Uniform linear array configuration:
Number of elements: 12
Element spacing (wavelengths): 1
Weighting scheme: binomial
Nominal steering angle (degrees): -45
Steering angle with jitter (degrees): -43.214
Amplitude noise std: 0.05
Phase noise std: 0.05

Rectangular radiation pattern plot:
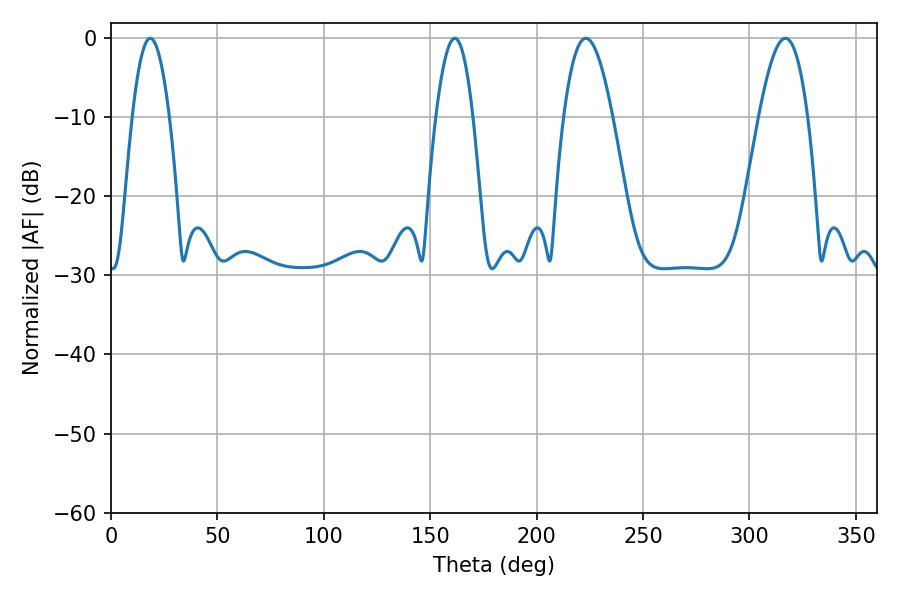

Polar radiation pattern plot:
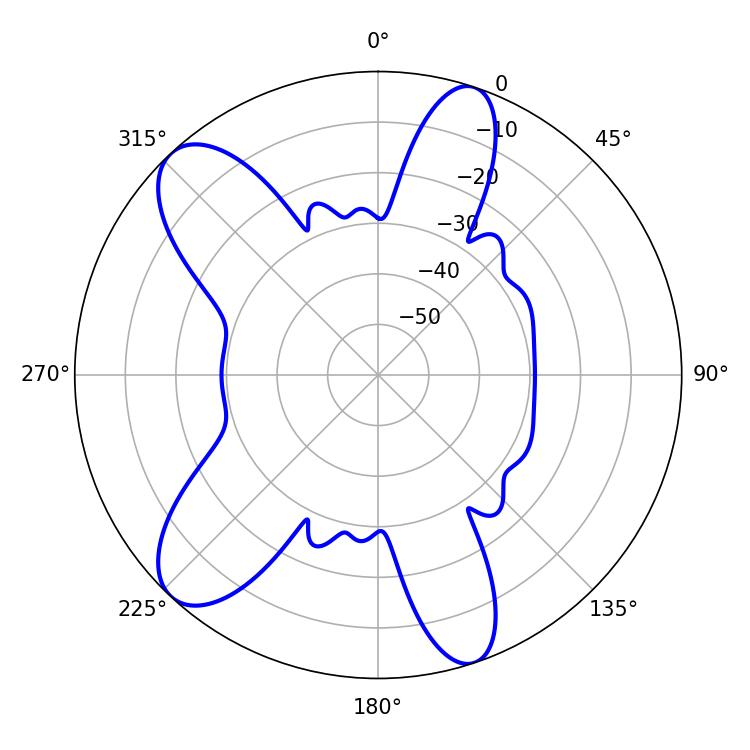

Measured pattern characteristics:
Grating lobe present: TRUE
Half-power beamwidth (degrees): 12.42
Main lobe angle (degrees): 223.2